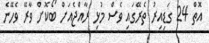
އޮތް 24 ގަޑިއިރު ތެރޭގައި ވެސް މުޅި ރާއްޖެއަށް ބޯކޮށް ވާރޭ ވެހޭނެ